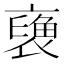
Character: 𧜪